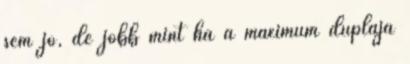
sem jó, de jobb mint ha a maximum duplája